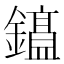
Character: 𫓕